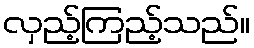
လှည့်ကြည့်သည်။